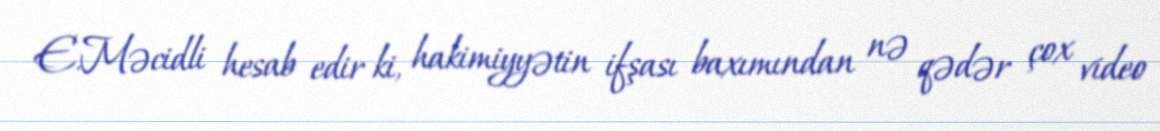
E.Məcidli hesab edir ki, hakimiyyətin ifşası baxımından nə qədər çox video